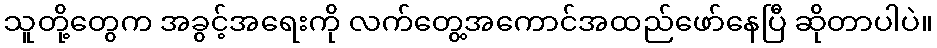
သူတို့တွေက အခွင့်အရေးကို လက်တွေ့အကောင်အထည်ဖော်နေပြီ ဆိုတာပါပဲ။